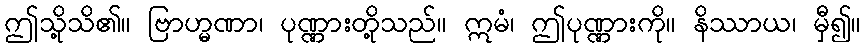
ဤသို့သိ၏။ ဗြာဟ္မဏာ၊ ပုဏ္ဏားတို့သည်။ ဣမံ၊ ဤပုဏ္ဏားကို။ နိဿာယ၊ မှီ၍။